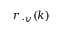
r _ { \mathbf { \nabla } \cdot v } ( k )